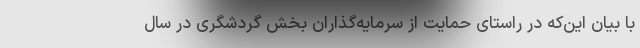
با بیان این‌که در راستای حمایت از سرمایه‌گذاران بخش گردشگری در سال